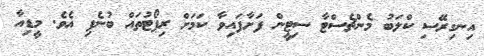
އިނގިރޭސި ކްލަބު މެންޗެސްޓާ ސިޓީން ފަށާފައިވާ ކަމަށް ރިޕޯޓުތައް ބުނެފި އެވެ. މީޑިއާ